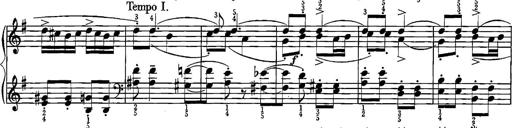
Title: Sonatina for Piano
Composer: BÃ©la BartÃ³k